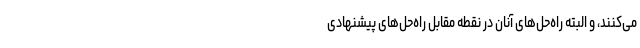
می‌کنند، و البته راه‌حل‌های آنان در نقطه مقابل راه‌حل‌های پیشنهادی